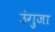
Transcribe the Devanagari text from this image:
उंगुजा